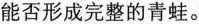
能否形成完整的青蛙。